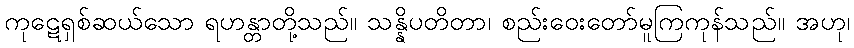
ကုဋေရှစ်ဆယ်သော ရဟန္တာတို့သည်။ သန္နိပတိတာ၊ စည်းဝေးတော်မူကြကုန်သည်။ အဟု၊